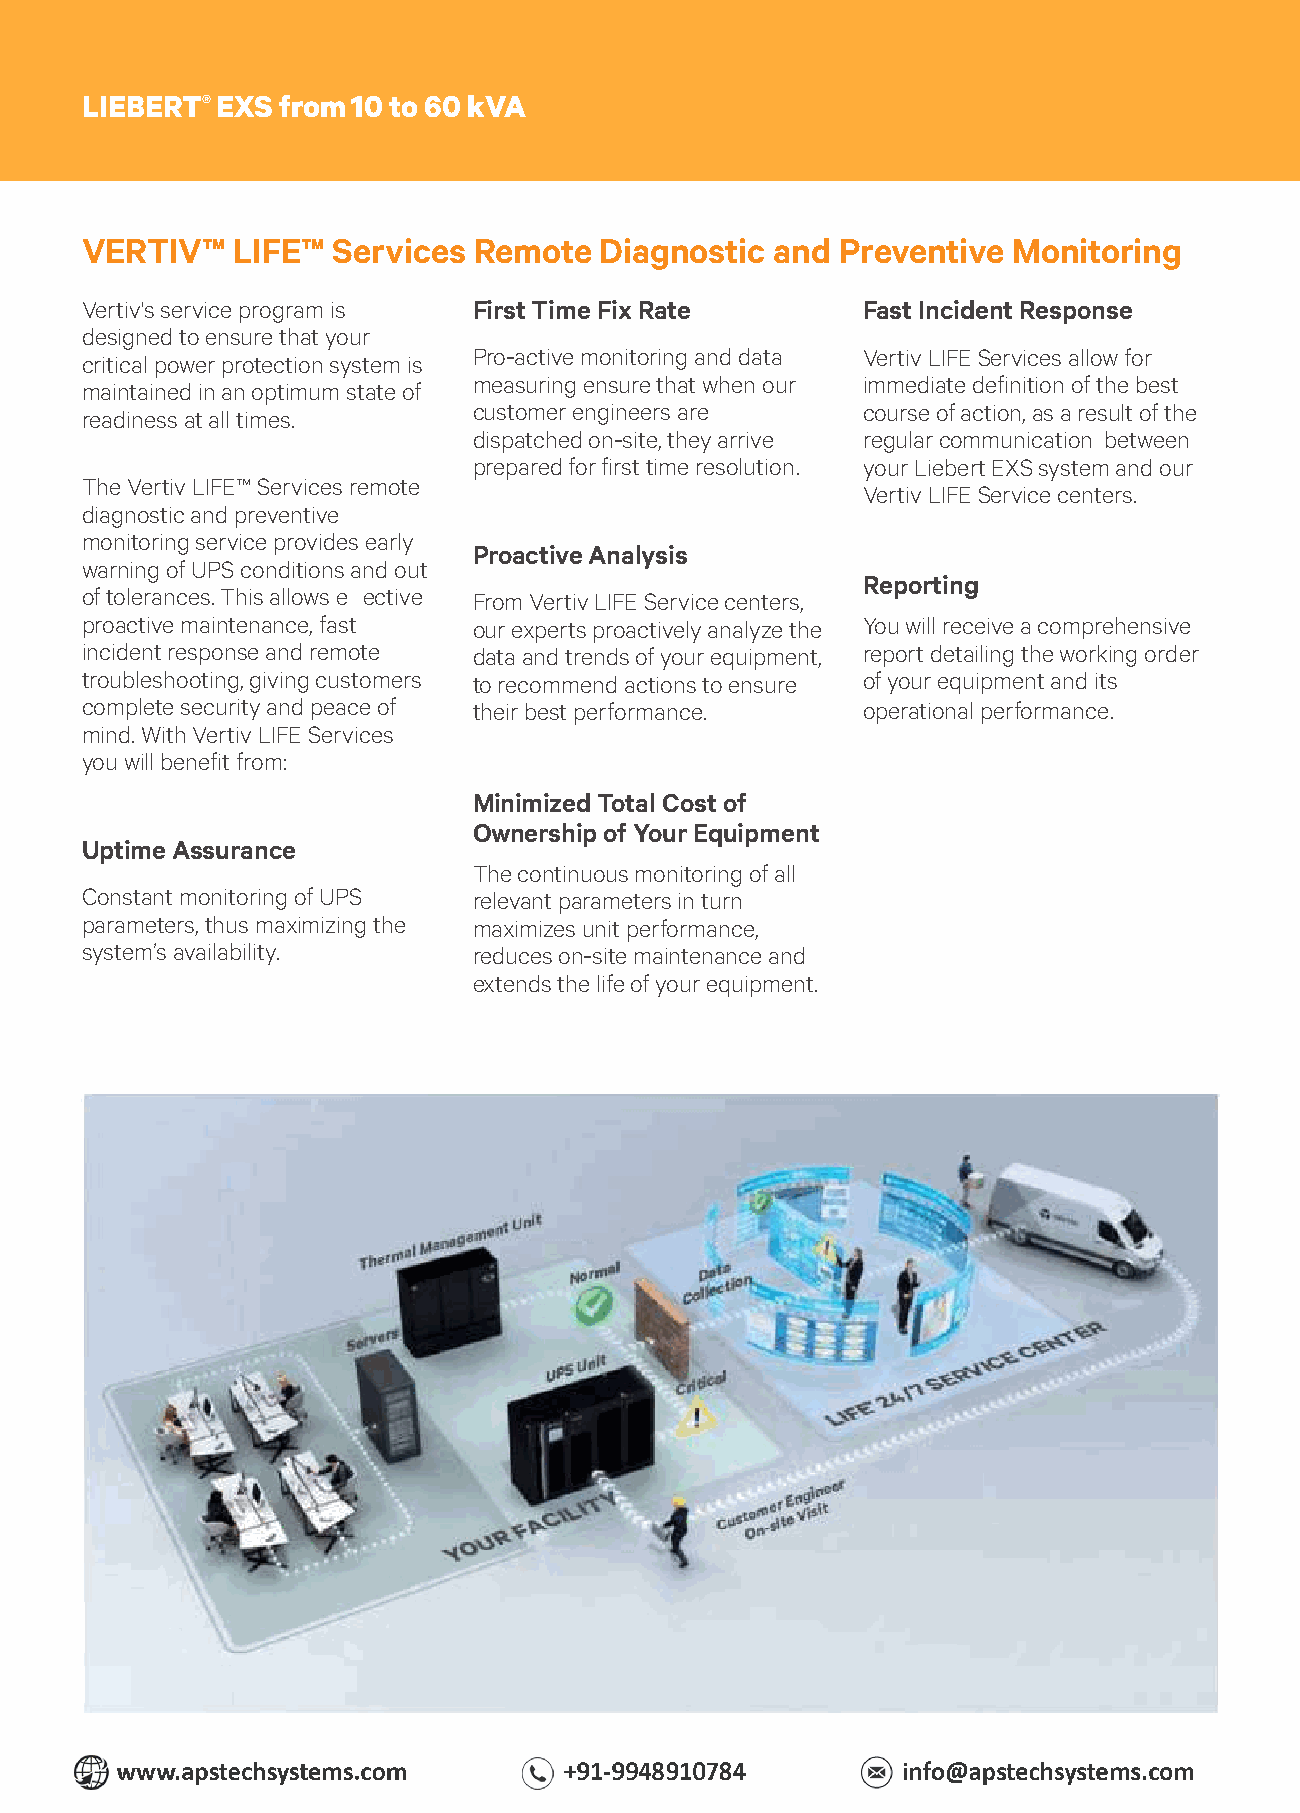
LIEBERT® EXS from 10 to 60 kVA
 VERTIV™   LIFE™  Services Remote   Diagnostic and  Preventive Monitoring
 Vertiv's service program is First Time Fix Rate     Fast Incident Response
 designed to ensure that your
 Pro-active monitoring and data Vertiv LIFE Services allow for
 critical power protection system is
 measuring ensure that when our immediate definition of the best
 maintained in an optimum state of
 customer engineers are    course of action, as a result of the
 readiness at all times.
 dispatched on-site, they arrive regular communication between
 prepared for first time resolution. your Liebert EXS system and our
 The Vertiv LIFE™ Services remote
 Vertiv LIFE Service centers.
 diagnostic and preventive
 monitoring service provides early
 Proactive Analysis
 warning of UPS conditions and out
 Reporting
 of tolerances. This allows effective From Vertiv LIFE Service centers,
 proactive maintenance, fast our experts proactively analyze the You will receive a comprehensive
 incident response and remote data and trends of your equipment, report detailing the working order
 troubleshooting, giving customers to recommend actions to ensure of your equipment and its
 complete security and peace of their best performance. operational performance.
 mind. With Vertiv LIFE Services
 you will benefit from:
 Minimized Total Cost of
 Ownership of Your Equipment
 Uptime Assurance
 The continuous monitoring of all
 Constant monitoring of UPS relevant parameters in turn
 parameters, thus maximizing the maximizes unit performance,
 system’s availability.    reduces on-site maintenance and
 extends the life of your equipment.